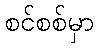
စင်စစ်မှာ